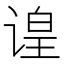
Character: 𬤍